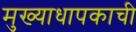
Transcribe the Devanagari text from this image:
मुख्याधापकाची